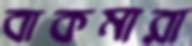
বাকমারা